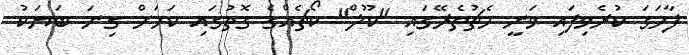
ފާހަގަ ކުރެވިފައި ވަނީ މެޗުތެރޭގައި "ކޫލް" ކޯޗެއްގެ ގޮތުގައި ކަމަށް ގިނަ ބަޔަކު